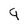
Character: 9